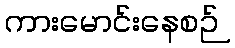
ကားမောင်းနေစဉ်